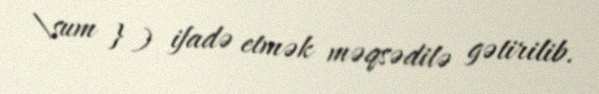
\sum } ) ifadə etmək məqsədilə gətirilib.